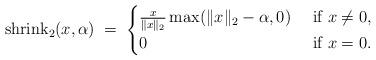
LaTeX: \begin{align*} \hbox{shrink}_2 (x,\alpha) \;=\;\begin{cases} \frac{x}{\|x\|_2} \max (\|x\|_2 - \alpha, 0) & \mbox{ if } x\neq 0, \\0 & \mbox{ if } x=0.\end{cases}\end{align*}